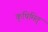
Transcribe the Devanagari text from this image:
कृषिमित्